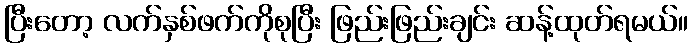
ပြီးတော့ လက်နှစ်ဖက်ကိုစုပြီး ဖြည်းဖြည်းချင်း ဆန့်ထုတ်ရမယ်။